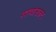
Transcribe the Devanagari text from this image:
पदव्यासकट